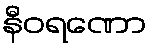
နီဝရဏော